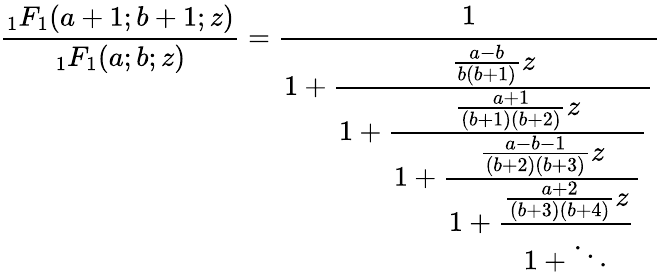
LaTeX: {\frac{_{1}F_{1}(a+1;b+1;z)}{_{1}F_{1}(a;b;z)}}={\cfrac{1}{1+{\cfrac{{\frac{a-b}{b(b+1)}}z}{1+{\cfrac{{\frac{a+1}{(b+1)(b+2)}}z}{1+{\cfrac{{\frac{a-b-1}{(b+2)(b+3)}}z}{1+{\cfrac{{\frac{a+2}{(b+3)(b+4)}}z}{1+\ddots}}}}}}}}}}